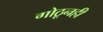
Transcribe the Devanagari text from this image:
गोठूनही